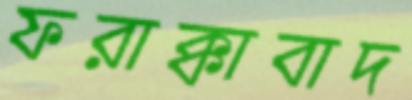
ফরাক্কাবাদ